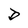
Character: D